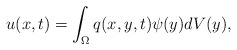
\begin{align*}u(x,t)=\int_\Omega q(x,y,t)\psi (y) dV(y),\end{align*}